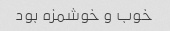
خوب و خوشمزه بود